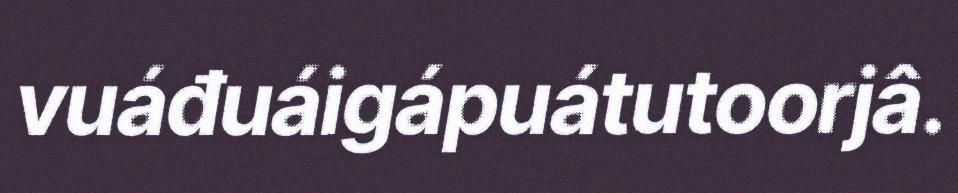
vuáđuáigápuátutoorjâ.